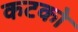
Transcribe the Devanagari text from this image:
कटको